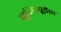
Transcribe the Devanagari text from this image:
जुरिसप्रूडेंस